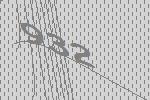
932